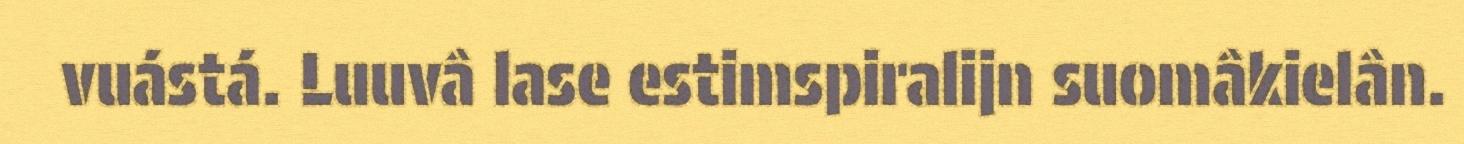
vuástá. Luuvâ lase estimspiralijn suomâkielân.